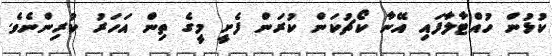
ކުޅުން ހުއްޓާލާފައި އޭނާ ކޯޗުކަން ކުރަން ފެށީ މީގެ ތިން އަހަރު ކުރިންނެވެ.